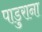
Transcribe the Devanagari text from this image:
पाडुराना